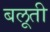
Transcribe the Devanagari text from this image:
बलूती